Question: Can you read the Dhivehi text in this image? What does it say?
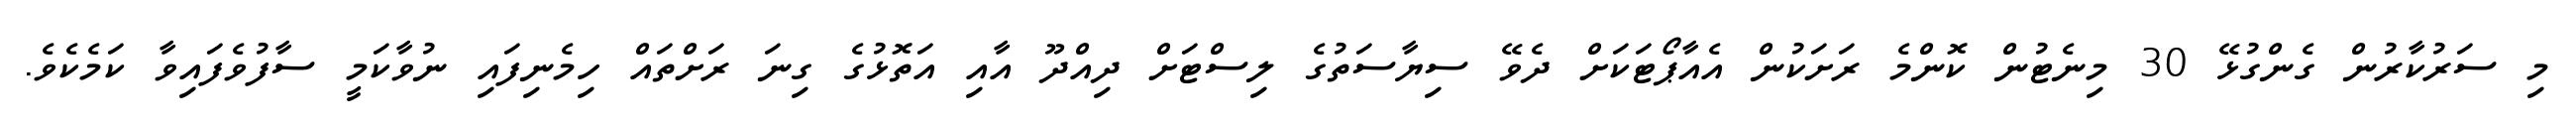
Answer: މި ސަރުކާރުން ގެންގުޅޭ 30 މިނެޓުން ކޮންމެ ރަށަކުން އެއާޕޯޓަކަށް ދެވޭ ސިޔާސަތުގެ ލިސްޓަށް ދިއްދޫ އާއި އަތޮޅުގެ ގިނަ ރަށްތައް ހިމެނިފައި ނުވާކަމީ ސާފުވެފައިވާ ކަމެކެވެ.